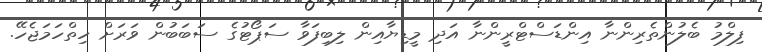
ފިލްމު ބެލުންތެރިންނާ އިންޑަސްޓްރީންނާ އަދި މީޑިޔާއިން ލިބިފަވާ ސަޕޯޓުގެ ސަބަބުން ވަރަށް ހިތްހަމަޖެހޭ.